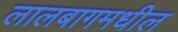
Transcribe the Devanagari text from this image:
लालबागमधील